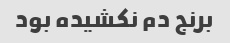
برنج دم نکشیده بود